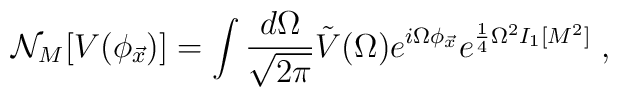
{\cal N}_M[V(\phi_{\vec{x}})]=\int {\frac {d \Omega}{\sqrt{2\pi}}}\tilde{V}    (\Omega) e^{i \Omega\phi_{\vec{x}}} e^{{\frac {1}{4}}\Omega^2 I_1[M^2]} \;,